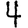
Digit: 4